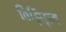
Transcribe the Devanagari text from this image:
विझिंझम